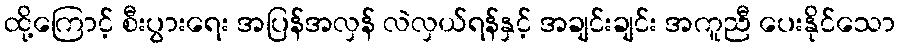
ထို့ကြောင့် စီးပွားရေး အပြန်အလှန် လဲလှယ်ရန်နှင့် အချင်းချင်း အကူညီ ပေးနိုင်သော